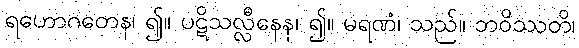
ရဟောဂတေန၊ ၍။ ပဋိသလ္လီနေန၊ ၍။ မရဏံ၊ သည်။ ဘဝိဿတိ၊